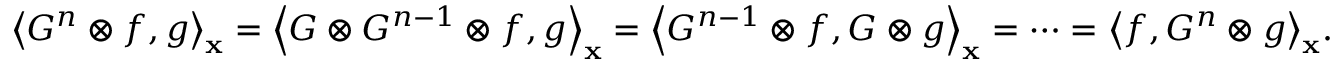
{ \left\langle { { G ^ { n } } \otimes f , g } \right\rangle _ { \bf { x } } } = { \left\langle { G \otimes { G ^ { n - 1 } } \otimes f , g } \right\rangle _ { \bf { x } } } = { \left\langle { { G ^ { n - 1 } } \otimes f , G \otimes g } \right\rangle _ { \bf { x } } } = \cdots = { \left\langle { f , { G ^ { n } } \otimes g } \right\rangle _ { \bf { x } } } .